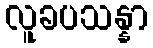
လူခပသန္နာ